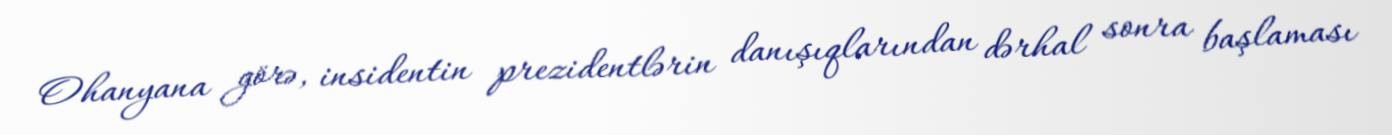
Ohanyana görə, insidentin prezidentlərin danışıqlarından dərhal sonra başlaması